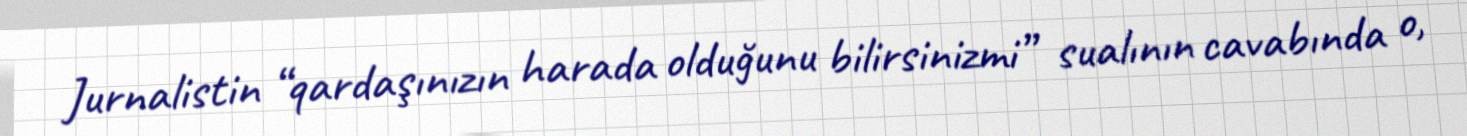
Jurnalistin “qardaşınızın harada olduğunu bilirsinizmi” sualının cavabında o,